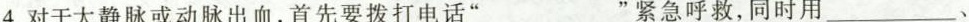
4.对于大静脉或动脉出血，首先要拨打电话”___”紧急呼救，同时用___、